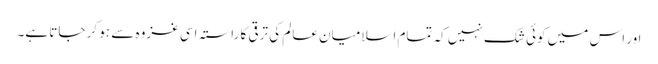
اور اس میں کوئی شک نہیں کہ تمام اسلامیانِ عالم کی ترقی کا راستہ اسی غزوہ سے ہو کر جاتا ہے۔